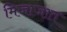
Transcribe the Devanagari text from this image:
मिजाजात